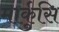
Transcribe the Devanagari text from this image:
मार्कुसि